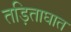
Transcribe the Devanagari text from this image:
तड़िताघात